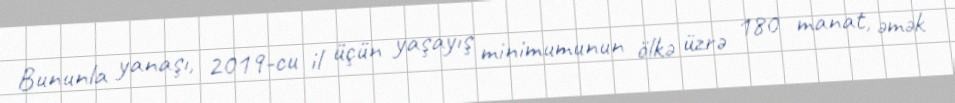
Bununla yanaşı, 2019-cu il üçün yaşayış minimumunun ölkə üzrə 180 manat, əmək